Scottish Leaving Certificate Examination, 1957
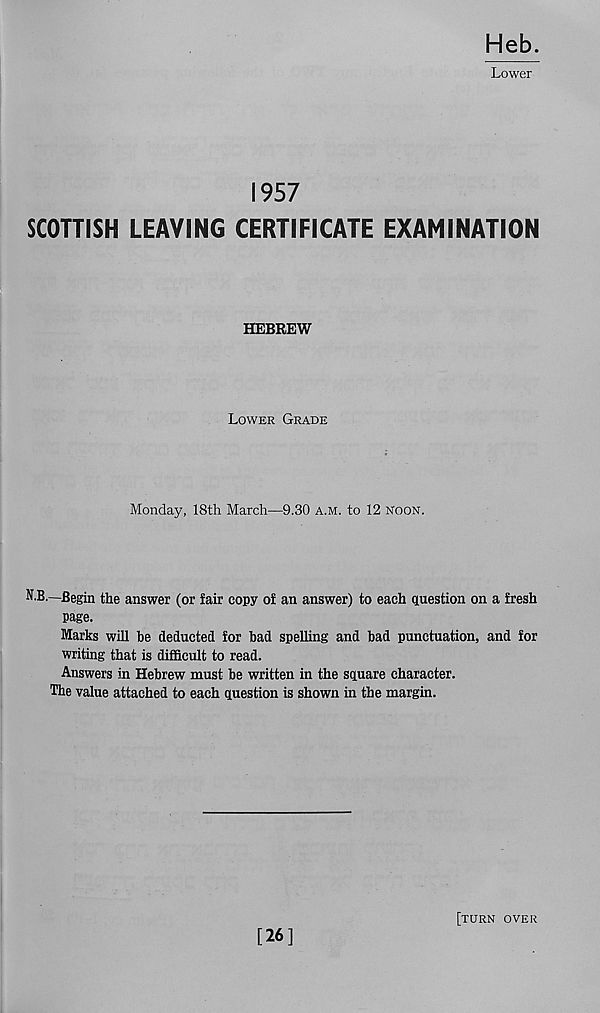
Heb.
Lower
1957
SCOTTISH LEAVING CERTIFICATE EXAMINATION
HEBREW
Lower Grade
Monday, 18th March—9.30 a.m. to 12 Noon.
N.B.—Begin the answer (or fair copy of an answer) to each question on a fresh
page.
Marks will be deducted for bad spelling and bad punctuation, and for
writing that is difficult to read.
Answers in Hebrew must be written in the square character.
The value attached to each question is shown in the margin.
[26]
[turn over